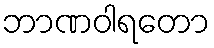
ဘာဏဝါရတော